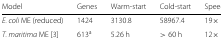
<table><thead><tr><td><b>Model</b></td><td><b>Genes</b></td><td><b>Warm-start</b></td><td><b>Cold-start</b></td><td><b>Speed-up</b></td></tr></thead><tbody><tr><td><i>E. coli</i> ME (reduced)</td><td>1424</td><td>3130.8</td><td>58967.4</td><td>19×</td></tr><tr><td><i>T. maritima</i> ME [3]</td><td>613<sup>a</sup></td><td>5.26 h</td><td>&gt;60 h</td><td>12×</td></tr></tbody></table>